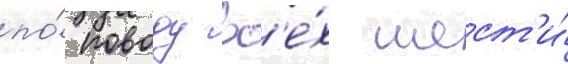
по́ поводу вс'е́х шест'и́